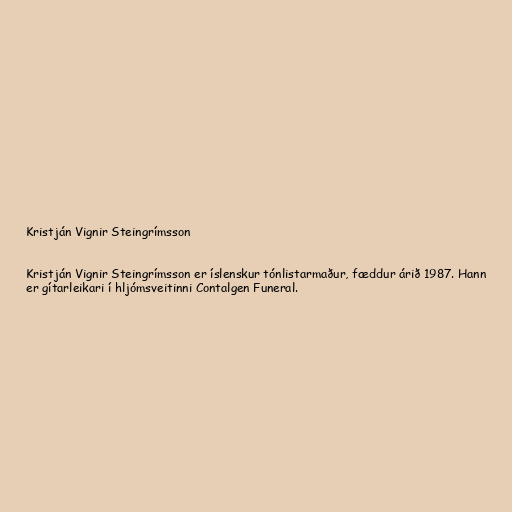
Kristján Vignir Steingrímsson

Kristján Vignir Steingrímsson er íslenskur tónlistarmaður, fæddur árið 1987. Hann
er gítarleikari í hljómsveitinni Contalgen Funeral.